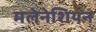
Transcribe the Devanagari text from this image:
मलेनेशियन